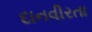
દાનવીરતા